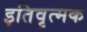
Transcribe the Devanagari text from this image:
इतिवृत्मक